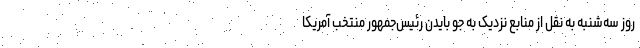
روز سه‌شنبه به نقل از منابع نزدیک به جو بایدن رئیس‌جمهور منتخب آمریکا